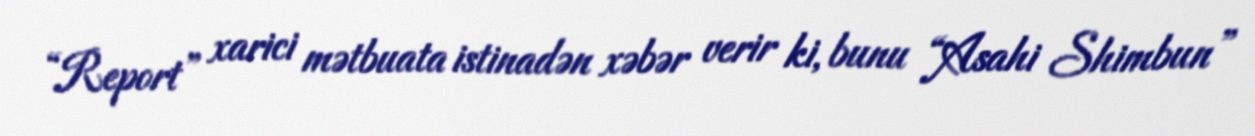
“Report” xarici mətbuata istinadən xəbər verir ki, bunu “Asahi Shimbun”